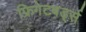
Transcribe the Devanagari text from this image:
फ्रिगेटबर्ड्स